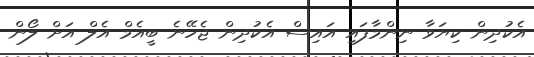
އެކުދިން ކިޔަވާ ނިންމާފައި އައިސް އެކުދިން ޖެހޭނެ ބީއެމް އެލް އަށް ލޯން